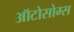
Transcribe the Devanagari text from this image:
ऑटोसोम्स